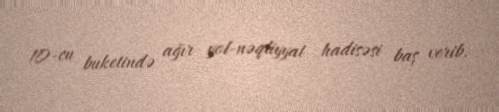
10-cu buketində ağır yol-nəqliyyat hadisəsi baş verib.